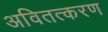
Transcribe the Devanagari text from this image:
अवितत्करण